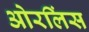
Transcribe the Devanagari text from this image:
ओरलिंस